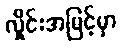
လှိုင်းအမြင့်မှာ